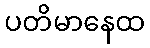
ပတိမာနေထ